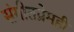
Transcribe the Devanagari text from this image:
संगीतप्रेमही